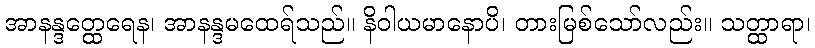
အာနန္ဒတ္ထေရေန၊ အာနန္ဒမထေရ်သည်။ နိဝါယမာနောပိ၊ တားမြစ်သော်လည်း။ သတ္ထာရာ၊